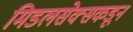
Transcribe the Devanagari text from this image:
मिडलसेक्सकडून